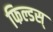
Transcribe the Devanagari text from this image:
फिल्डस्